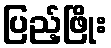
ပြည့်ဖြိုး